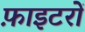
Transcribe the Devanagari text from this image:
फ़ाइटरों